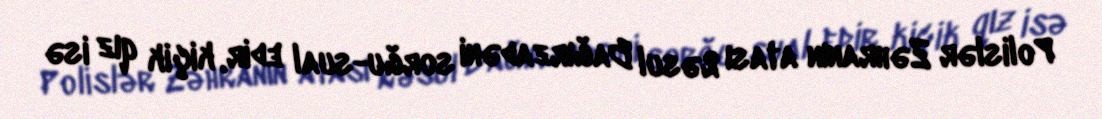
Polislər Zəhranın atası Rəsul Bağırzadəni sorğu-sual edir, kiçik qız isə